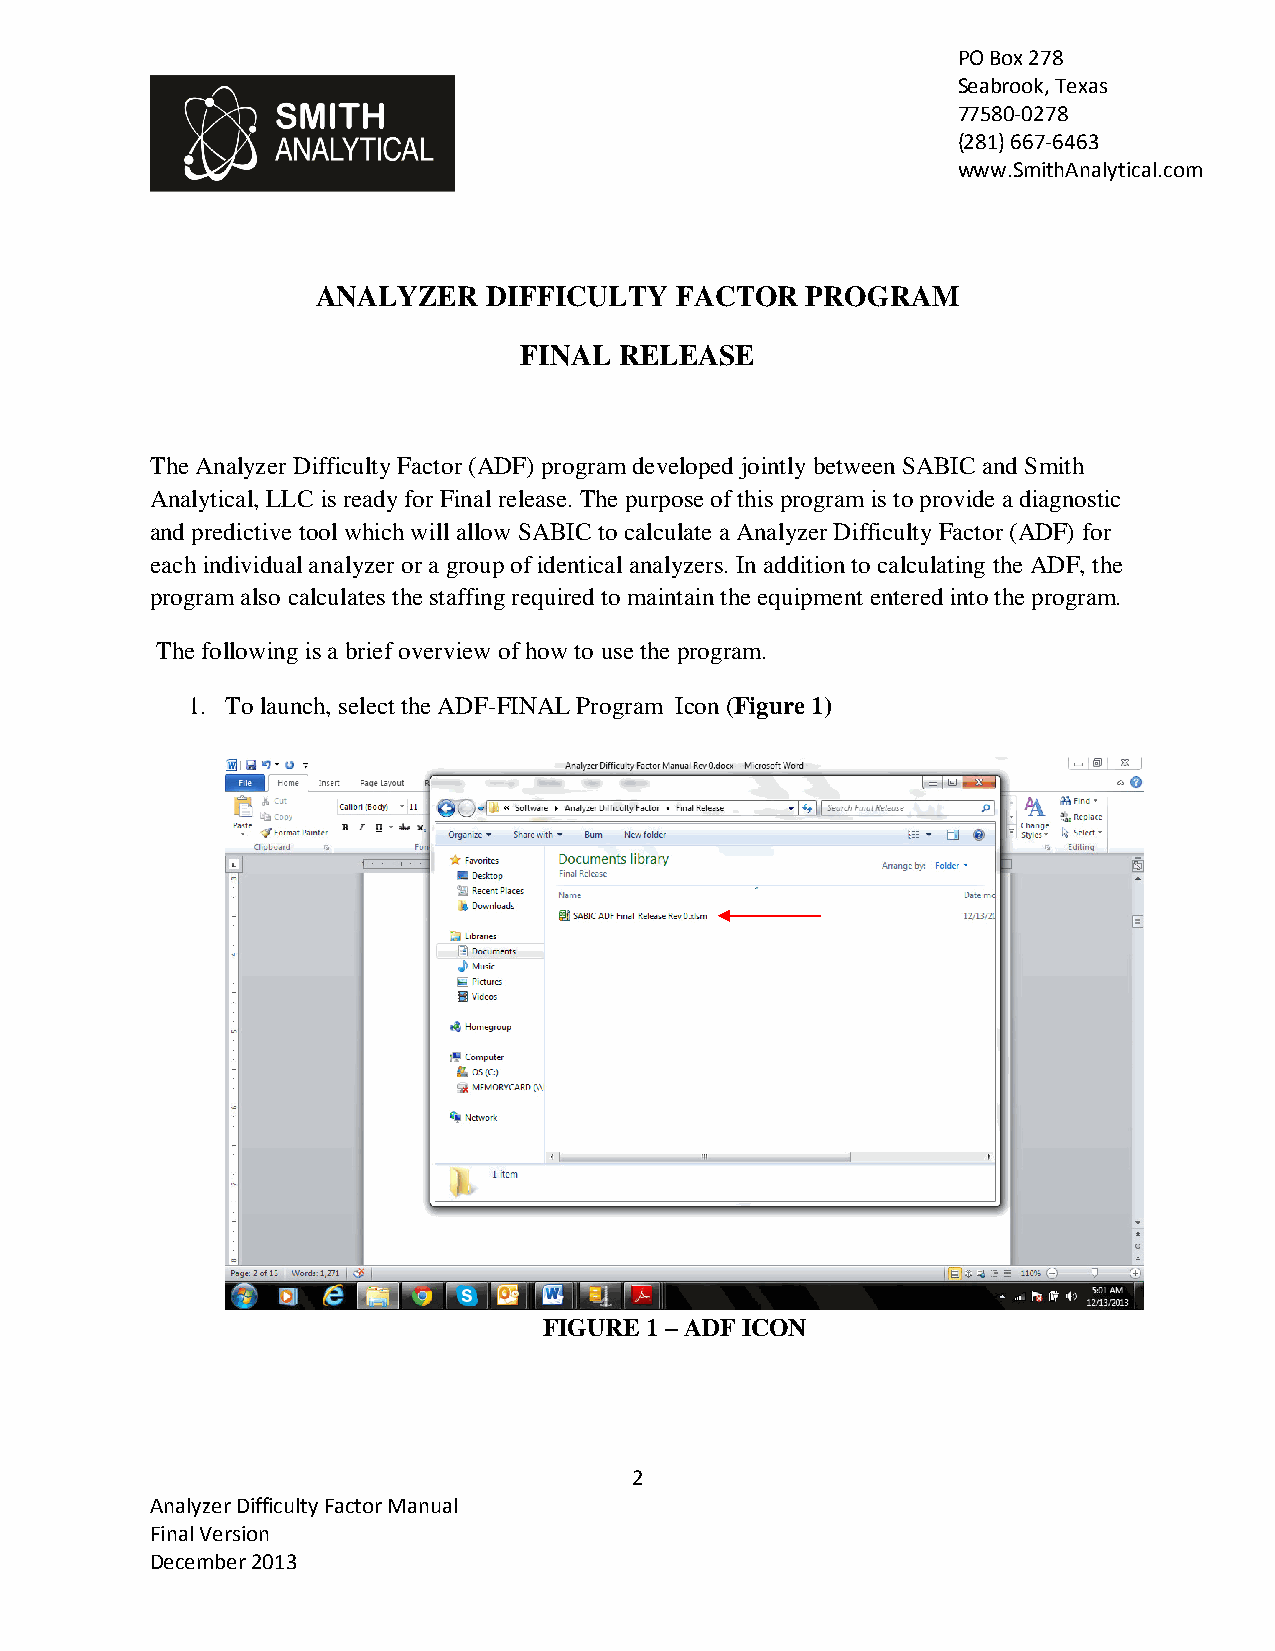
PO Box 278
 Seabrook, Texas
 77580-0278
 (281) 667-6463
 www.SmithAnalytical.com
 ANALYZER   DIFFICULTY   FACTOR  PROGRAM
 FINAL  RELEASE
 The Analyzer Difficulty Factor (ADF) program developed jointly between SABIC and Smith
 Analytical, LLC is ready for Final release. The purpose of this program is to provide a diagnostic
 and predictive tool which will allow SABIC to calculate a Analyzer Difficulty Factor (ADF) for
 each individual analyzer or a group of identical analyzers. In addition to calculating the ADF, the
 program also calculates the staffing required to maintain the equipment entered into the program.
 The following is a brief overview of how to use the program.
 1. To launch, select the ADF-FINAL Program Icon (Figure 1)
 FIGURE 1 – ADF ICON
 2
 Analyzer Difficulty Factor Manual
 Final Version
 December 2013